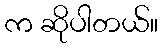
က ဆိုပါတယ်။